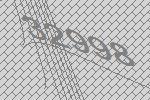
32998